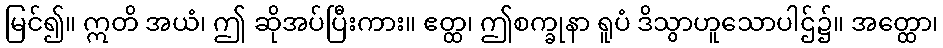
မြင်၍။ ဣတိ အယံ၊ ဤ ဆိုအပ်ပြီးကား။ ဧတ္ထ၊ ဤစက္ခုနာ ရူပံ ဒိသွာဟူသောပါဌ်၌။ အတ္ထော၊